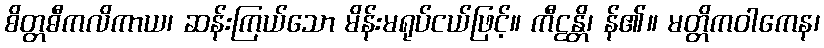
စိတ္တဓီကလိကာယ၊ ဆန်းကြယ်သော မိန်းမရုပ်ငယ်ဖြင့်။ ကီဠန္တိ၊ န်၏။ မတ္တိကဝါကေန၊